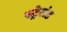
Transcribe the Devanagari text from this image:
स्ट्रेसंड